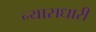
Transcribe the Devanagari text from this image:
न्यासधारी